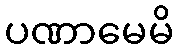
ပဏာမေမိ